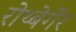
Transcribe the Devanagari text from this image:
रोथ्बेर्गेर